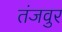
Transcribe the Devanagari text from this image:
तंजवुर